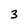
Character: 3